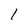
Character: l